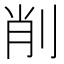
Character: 削